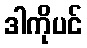
ဒါကိုပင်